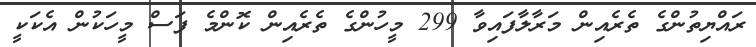
ރައްޔިތުންގެ ތެރެއިން މަރާލާފައިވާ 299 މީހުންގެ ތެރެއިން ކޮންމެ ފަސް މީހަކުން އެކަކީ